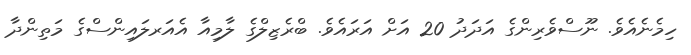
ހިމެނެއެވެ. ނޫސްވެރިންގެ އަދަދު 20 އަށް އަރައެވެ. ބްރެޒިލްގެ ލާމިއާ އެއަރލައިންސްގެ މަތިންދާ